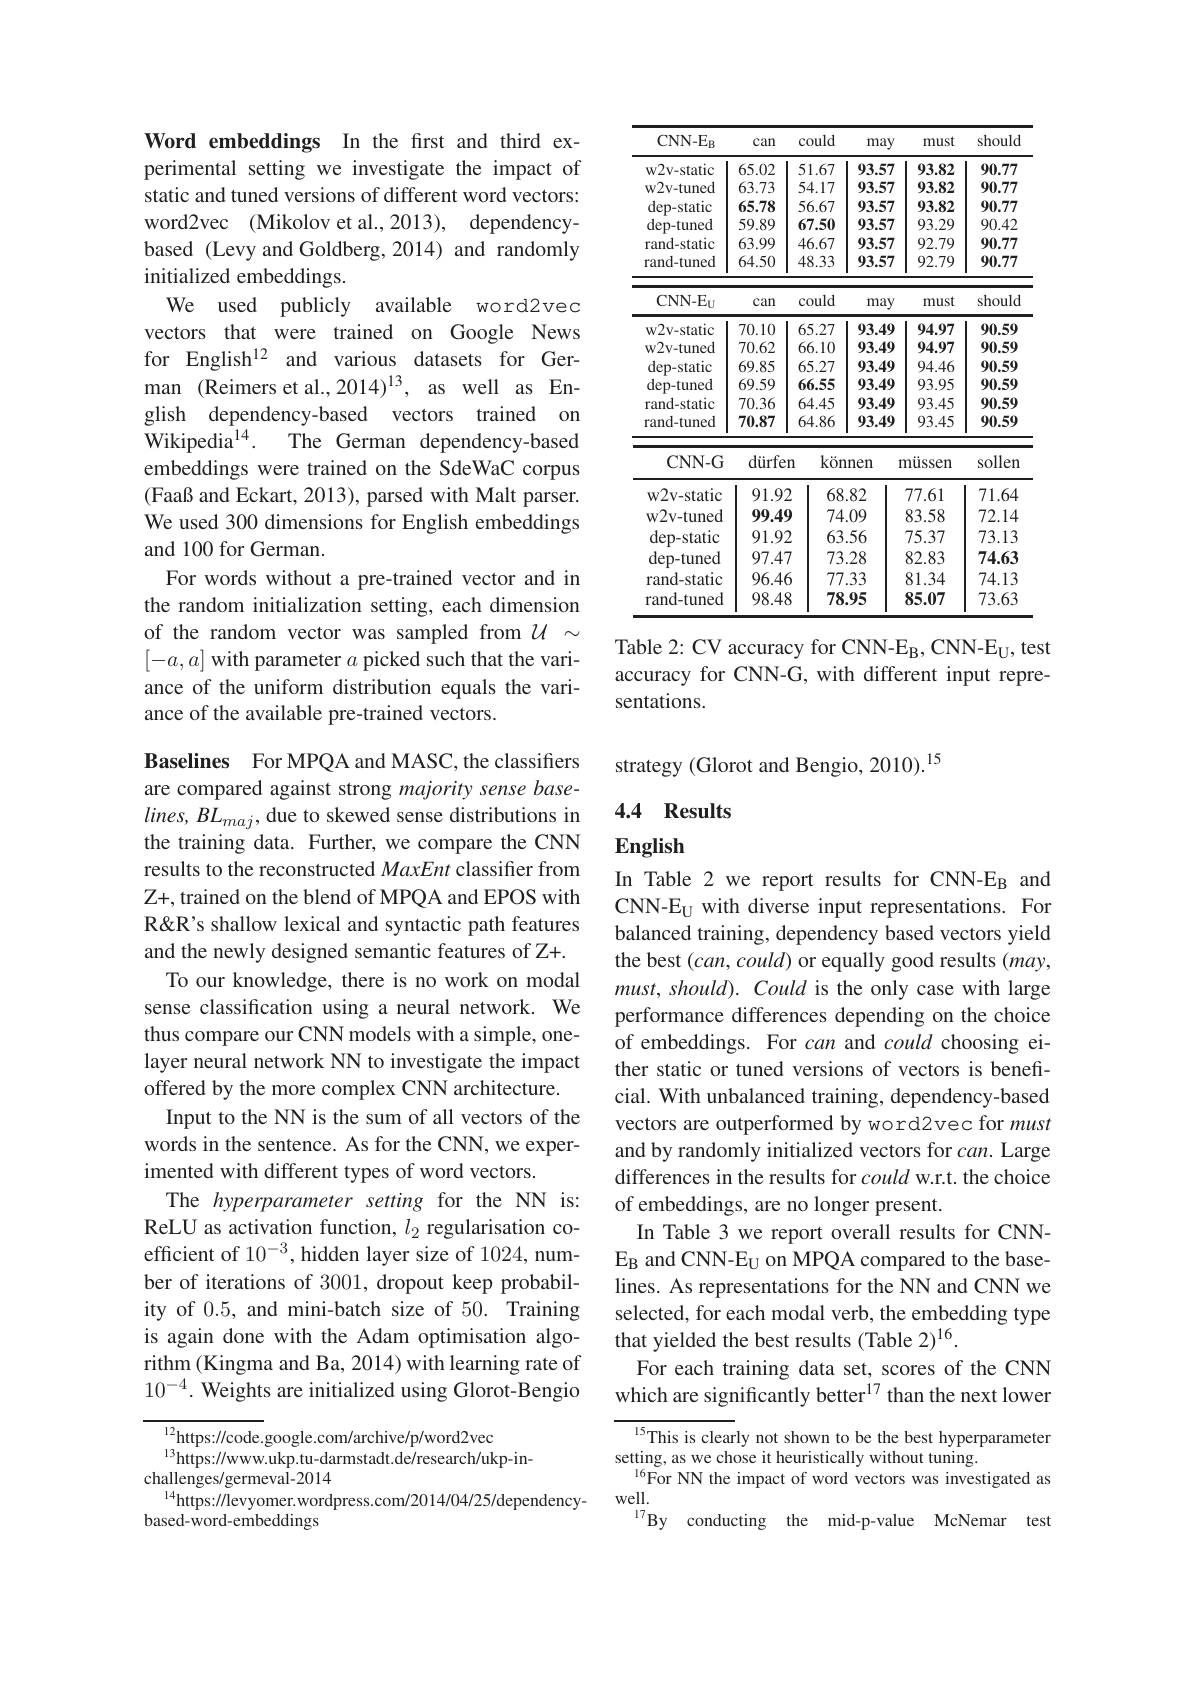
Word embeddings In the first and third experimental setting we investigate the impact of static and tuned versions of different word vectors: word2vec (Mikolov et al., 2013), dependencybased (Levy and Goldberg, 2014) and randomly initialized embeddings.
We used publicly available word2vec vectors that were trained on Google News for English$^{12}$ and various datasets for German (Reimers et al.,2014)$^{13}$, as well as English dependency-based vectors trained on $\bar{\text{Wikipedia}^{14}}.$
The German dependency-based
embeddings were trained on the SdeWaC corpus (Faaß and Eckart, 2013), parsed with Malt parser. We used 300 dimensions for English embeddings and 100 for German.
For words without a pre-trained vector and in the random initialization setting, each dimension of the random vector was sampled from $U\sim$ $[-a,a]$ with parameter $a$ picked such that the variance of the uniform distribution equals the variance of the available pre-trained vectors.

Baselines For MPQA and MASC, the classifiers are compared against strong majority sense baselines, BL$_maj$, due to skewed sense distributions in the training data. Further, we compare the CNN results to the reconstructed MaxEnt classifier from Z+, trained on the blend of MPQA and EPOS with R&R's shallow lexical and syntactic path features and the newly designed semantic features of Z+.
To our knowledge, there is no work on modal sense classification using a neural network. We thus compare our CNN models with a simple, onelayer neural network NN to investigate the impact offered by the more complex CNN architecture.
Input to the NN is the sum of all vectors of the words in the sentence. As for the CNN, we experimented with different types of word vectors.
The hyperparameter setting for the NN is: ReLU as activation function, $l_2$ regularisation coefficient of 10$^{-3}$, hidden layer size of 1024, number of iterations of 3001, dropout keep probability of 0.5, and mini-batch size of 50. Training is again done with the Adam optimisation algorithm (Kingma and Ba, 2014) with learning rate of $10^{-4}.$ Weights are initialized using Glorot-Bengio

$^{12}$https://code.google.com/archive/p/word2vec
$^{13}$https://www.ukp.tu-darmstadt.de/research/ukp-in-
challenges/germeval-2014
$^{14}$https://levyomer.wordpress.com/2014/04/25/dependency-
based-word-embeddings

<table>
	<tbody>
		<tr>
			<th>CNN- $E_{B}$</th>
			<th>can</th>
			<th>could</th>
			<th>may</th>
			<th>must</th>
			<th>should</th>
		</tr>
		<tr>
			<td rowspan="6">w2v- static w2v-tuned dep- static dep-tuned rand-static rand-tuned</td>
			<td>65.02</td>
			<td>51.67</td>
			<td>93.57</td>
			<td>93.82</td>
			<td>90.77</td>
		</tr>
		<tr>
			<td>63.73</td>
			<td>54.17</td>
			<td>93.57</td>
			<td>93.82</td>
			<td>90.77</td>
		</tr>
		<tr>
			<td>65.78</td>
			<td>56.67</td>
			<td>93.57</td>
			<td>93.82</td>
			<td>90.77</td>
		</tr>
		<tr>
			<td>59.89</td>
			<td>67.50</td>
			<td>93.57</td>
			<td>93.29</td>
			<td>90.42</td>
		</tr>
		<tr>
			<td>63.99</td>
			<td>46.67</td>
			<td>93.57</td>
			<td>92.79</td>
			<td>90.77</td>
		</tr>
		<tr>
			<td>64.50</td>
			<td>48.33</td>
			<td>93.57</td>
			<td>92.79</td>
			<td>90.77</td>
		</tr>
		<tr>
			<td>CNN- $E_{U}$</td>
			<td>can</td>
			<td>could</td>
			<td>may</td>
			<td>must</td>
			<td>should</td>
		</tr>
		<tr>
			<td>w2v- static</td>
			<td>70.10</td>
			<td>65.27</td>
			<td>93.49</td>
			<td>94.97</td>
			<td>90.59</td>
		</tr>
		<tr>
			<td>w2v-tuned</td>
			<td>70.62</td>
			<td>66.10</td>
			<td>93.49</td>
			<td>94.97</td>
			<td>90.59</td>
		</tr>
		<tr>
			<td>dep- static</td>
			<td>69.85</td>
			<td>65.27</td>
			<td>93.49</td>
			<td>94.46</td>
			<td>90.59</td>
		</tr>
		<tr>
			<td>dep-tuned</td>
			<td>69.59</td>
			<td>66.55</td>
			<td>93.49</td>
			<td>93.95</td>
			<td>90.59</td>
		</tr>
		<tr>
			<td>rand-static</td>
			<td>70.36</td>
			<td>64.45</td>
			<td>93.49</td>
			<td>93.45</td>
			<td>90.59</td>
		</tr>
		<tr>
			<td>rand-tuned</td>
			<td>70.87</td>
			<td>64.86</td>
			<td>93.49</td>
			<td>93.45</td>
			<td>90.59</td>
		</tr>
		<tr>
			<td>CNN- G</td>
			<td>dürfer</td>
			<td>kör 1</td>
			<td>nnen</td>
			<td>müssen</td>
			<td>sollen</td>
		</tr>
		<tr>
			<td>w2v- static</td>
			<td>91.92</td>
			<td>I 68</td>
			<td>T 3.82</td>
			<td>77.61</td>
			<td>71.64</td>
		</tr>
		<tr>
			<td>w2v-tuned</td>
			<td>99.49</td>
			<td>74</td>
			<td>1.09</td>
			<td>83.58</td>
			<td>72.14</td>
		</tr>
		<tr>
			<td>dep- static</td>
			<td>91.92</td>
			<td>63</td>
			<td>3.56</td>
			<td>75.37</td>
			<td>73.13</td>
		</tr>
		<tr>
			<td>dep- tuned</td>
			<td>97.47</td>
			<td>73</td>
			<td>3.28</td>
			<td>82.83</td>
			<td>74.63</td>
		</tr>
		<tr>
			<td>rand-static</td>
			<td>96.46</td>
			<td>777</td>
			<td>7.33 </td>
			<td>81.34</td>
			<td>74.13</td>
		</tr>
		<tr>
			<td>rand-tuned</td>
			<td>98.48</td>
			<td>78</td>
			<td>3.95</td>
			<td>85.07</td>
			<td>73.63</td>
		</tr>
	</tbody>
</table>

Table 2: CV accuracy for CNN-E$_{\mathrm{B}}$, CNN-E$_{\mathrm{U}}$, test

accuracy for CNN-G, with different input repre-
sentations.

strategy (Glorot and Bengio, 2010).$^{15}$

### 4.4 Results

## English

In Table 2 we report results for CNN-EB and CNN-E_U with diverse input representations. For balanced training, dependency based vectors yield the best $(can,could)$ or equally good results $(may$, must, should). Could is the only case with large performance differences depending on the choice of embeddings. For can and could choosing either static or tuned versions of vectors is beneficial. With unbalanced training, dependency-based vectors are outperformed by word2vec for must and by randomly initialized vectors for $can.$ Large differences in the results for could w.r.t. the choice of embeddings, are no longer present.
In Table 3 we report overall results for CNNE_B and CNN-E_U on MPQA compared to the baselines. As representations for the NN and CNN we selected, for each modal verb, the embedding type that yielded the best results (Table 2)$^{16}.$
For each training data set, scores of the CNN which are significantly better$^{17}$ than the next lower

15This is clearly not shown to be the best hyperparameter
setting, as we chose it heuristically without tuning.
$^{16}$For NN the impact of word vectors was investigated as
well.
By conducting the mid-p-value McNemar test